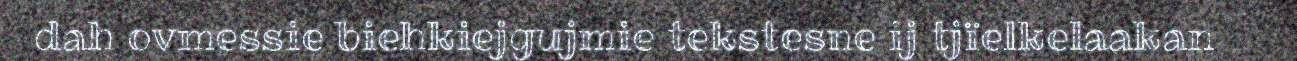
dah ovmessie biehkiejgujmie tekstesne ij tjïelkelaakan